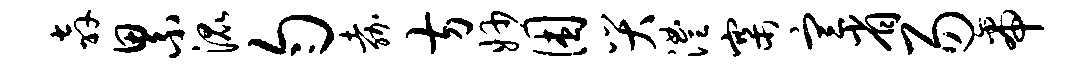
奔累混匀嘉方妙困哭澧寨宣省易帝